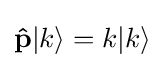
\mathbf {\hat {p}} |k\rangle =k|k\rangle